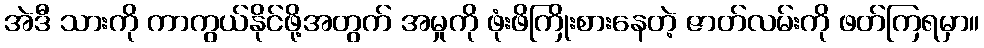
အဲဒီ သားကို ကာကွယ်နိုင်ဖို့အတွက် အမှုကို ဖုံးဖိကြိုးစားနေတဲ့ ဇာတ်လမ်းကို ဖတ်ကြရမှာ။